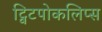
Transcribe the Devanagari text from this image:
ट्विटपोकलिप्स